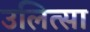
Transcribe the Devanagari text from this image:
उलित्सा